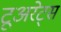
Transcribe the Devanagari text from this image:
टूअरेट्स